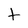
Character: t